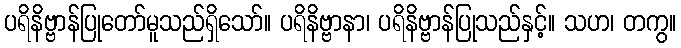
ပရိနိဗ္ဗာန်ပြုတော်မူသည်ရှိသော်။ ပရိနိဗ္ဗာနာ၊ ပရိနိဗ္ဗာန်ပြုသည်နှင့်။ သဟ၊ တကွ။